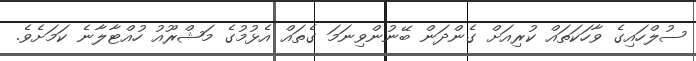
ސުލްހައިގެ ވާހަކަތައް ކުރިއަށް ގެންދަން ބޭނުންވިނަމަ ގެތައް އެޅުމުގެ މަޝްރޫއު ހުއްޓާލާނެ ކަމަށެވެ.